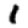
Digit: 1